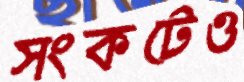
সংকটেও